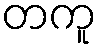
တကူ